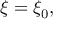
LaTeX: \xi = \xi _ { 0 } ,